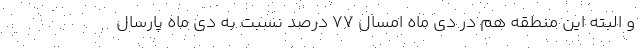
و البته این منطقه هم در دی ماه امسال ۷۷ درصد نسبت به دی ماه پارسال